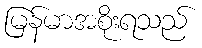
မြန်မာအစိုးရသည်